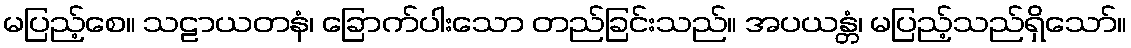
မပြည့်စေ။ သဠာယတနံ၊ ခြောက်ပါးသော တည်ခြင်းသည်။ အပယန္တံ၊ မပြည့်သည်ရှိသော်။